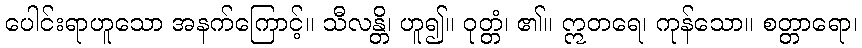
ပေါင်းရာဟူသော အနက်ကြောင့်။ သီလန္တိ၊ ဟူ၍။ ဝုတ္တံ၊ ၏။ ဣတရေ၊ ကုန်သော။ စတ္တာရော၊